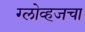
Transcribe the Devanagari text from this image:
ग्लोव्हजचा